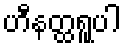
ဟီနတ္ထရူပါ